Vaccination report Assam 1896-1927 - 1896-1927
Year: 1896
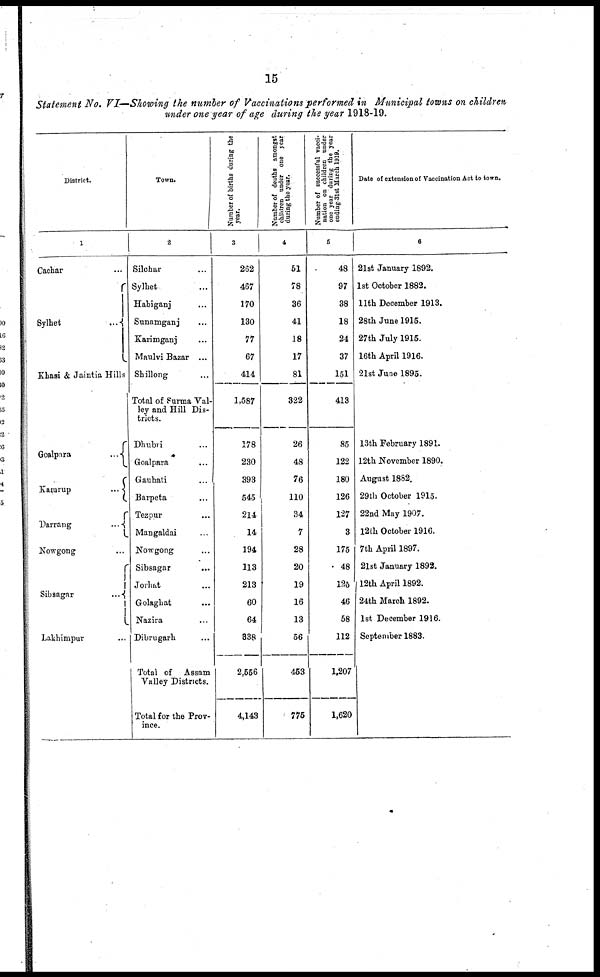
15
Statement No. VI—Showing the number of Vaccinations performed in Municipal towns on children
under one year of age during the year 1918-19.
District.
1
Cachar ...
Sylhet ...
Khasi & Jaintia Hills
Goalpara
...
Kamrup
...
Darrang
...
Nowgong ...
Sibsagar
...
Lakhimpur ...
Town.
2
Silchar ...
Sylhet ...
Habiganj ...
Sunamganj ...
Karimganj ...
Maulvi Bazar ...
Shillong ...
Total of Surma Val-
ley and Hill Dis-
tricts.
Dhubri ...
Goalpara ...
Gauhati ...
Barpeta ...
Tezpur ...
Mangaldai ...
Nowgong ...
Sibsagar ...
Jorhat ...
Golaghat ...
Nazira ...
Dibrugarh ...
Total of Assam
Valley Districts.
Total for the Prov-
ince.
Number of births during the
year.
3
262
467
170
130
77
67
414
1,587
178
230
393
545
214
14
194
113
213
60
64
338
2,556
4,143
Number of deaths amongst
children under one year
during the year.
4
51
78
36
41
18
17
81
322
26
48
76
110
34
7
28
20
19
16
13
56
453
775
Number of successful vacci-
nation on children under
one year during the year
ending 31st March 1919.
5
48
97
38
18
24
37
151
413
86
122
180
126
127
3
175
48
125
46
58
112
1,207
1,620
Date of extension of Vaccination Act to town.
6
21st January 1892.
1st October 1882.
11th December 1913.
28th June 1915.
27th July 1915.
16th April 1916.
21st June 1895.
13th February 1891.
12th November 1890.
August 1882.
29th October 1915.
22nd May 1907.
12th October 1916.
7th April 1897.
21st January 1892.
12th April 1892.
24th March 1892.
1st December 1916.
September 1883.